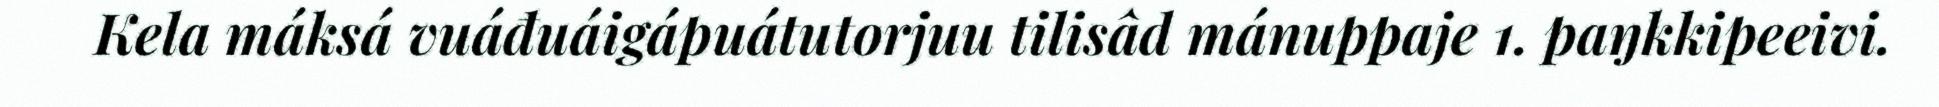
Kela máksá vuáđuáigápuátutorjuu tilisâd mánuppaje 1. paŋkkipeeivi.